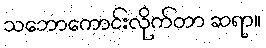
သဘောကောင်းလိုက်တာ ဆရာ။